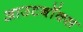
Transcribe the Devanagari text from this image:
आउटबॉक्स